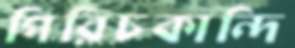
পিরিচকান্দি